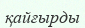
қайғырды